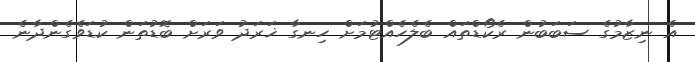
އެ ނިޒާމުގެ ސަބަބުން ރެކޯޑްތައް ބެލެހެއްޓުމަށް ހިނގާ ޚަރަދު ވަރަށް ބޮޑުތަން ކުޑަވެގެންދާނެ